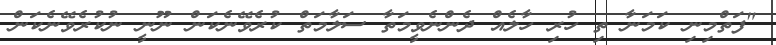
"ފަތްމިނި ކަމަނާ ތި ހުރި ހާލެއް ދެންނެވީމަތާ ސަލާމަތް ކުރެވޭނެކަން ނޫނީ ނުކުރެވޭނެކަން